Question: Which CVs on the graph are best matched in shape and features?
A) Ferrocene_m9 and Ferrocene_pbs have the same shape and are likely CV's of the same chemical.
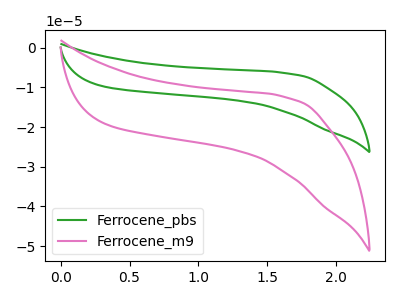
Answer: <think>The green curve "Ferrocene_pbs" has no peaks. The pink curve "Ferrocene_m9" has no peaks.
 Neither "Ferrocene_pbs" or "Ferrocene_m9" have any peaks.</think>
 <answer>A) "Ferrocene_m9" and "Ferrocene_pbs" have the same shape and are likely CV's of the same chemical.</answer>
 <eval>A</eval>